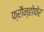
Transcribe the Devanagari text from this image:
फ्रौन्होफेर